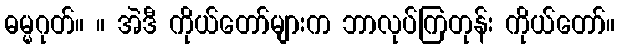
ဓမ္မဂုတ်။ ။ အဲဒီ ကိုယ်တော်များက ဘာလုပ်ကြတုန်း ကိုယ်တော်။